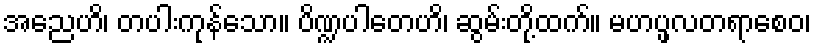
အညေဟိ၊ တပါးကုန်သော။ ပိဏ္ဍပါတေဟိ၊ ဆွမ်းတို့ထက်။ မဟပ္ဖလတရာစေဝ၊